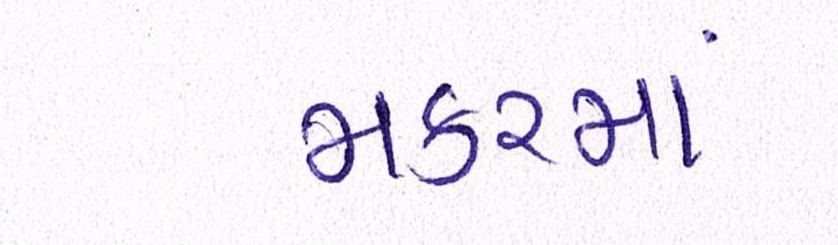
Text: મકરમાં